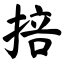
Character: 掊